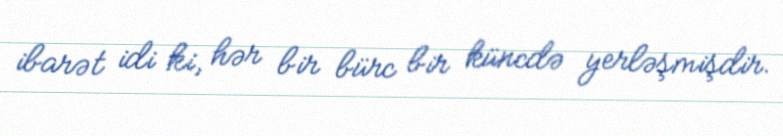
ibarət idi ki, hər bir bürc bir küncdə yerləşmişdir.